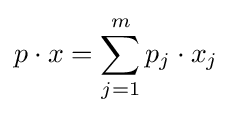
p\cdot x=\sum _{j=1}^{m}p_{j}\cdot x_{j}